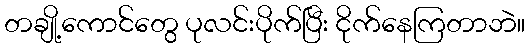
တချို့ကောင်တွေ ပုလင်းပိုက်ပြီး ငိုက်နေကြတာဘဲ။